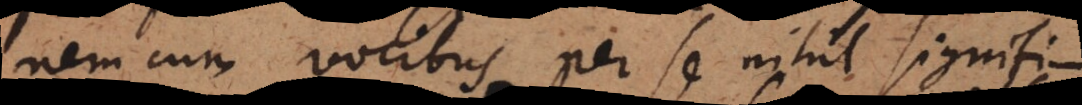
nem cum vocibus per se nihil signifi